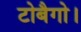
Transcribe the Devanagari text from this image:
टोबैगो।